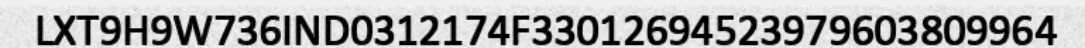
LXT9H9W736IND0312174F33012694523979603809964